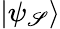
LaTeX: |\psi_{\mathscr{S}}\rangle